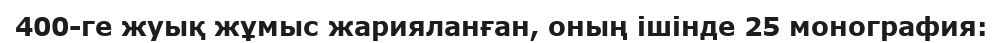
400-ге жуық жұмыс жарияланған, оның ішінде 25 монография: